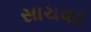
સાચવટ